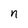
Character: n